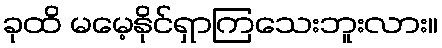
ခုထိ မမေ့နိုင်ရှာကြသေးဘူးလား။